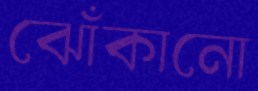
ঝোঁকানো